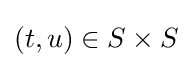
(t,u)\in S\times S